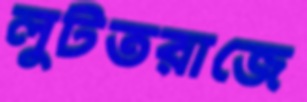
লুটতরাজে